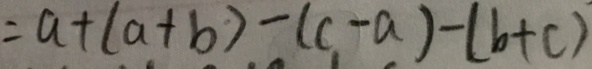
= a + ( a + b ) - ( c - a ) - ( b + c )